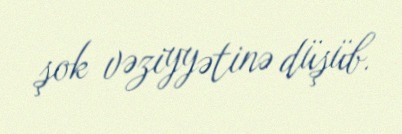
şok vəziyyətinə düşüb.